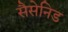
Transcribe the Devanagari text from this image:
सैसेनिड